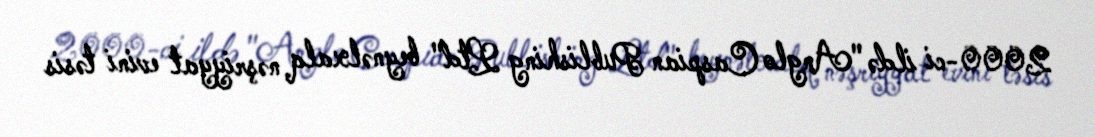
2000-ci ildə "Anglo Caspian Publishing Ltd" beynəlxalq nəşriyyat evini təsis